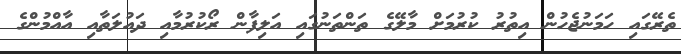
ތެރޭގައި ހަމަނުޖެހުން އިތުރު ކުރުމަށް މާލޭގެ ތަންތަނުގައި އަލިފާން ރޯކުރުމާއި ދައުލަތާއި އާއްމުންގެ